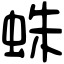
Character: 蛛